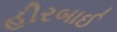
હીરબાઈ